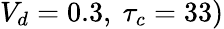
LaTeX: V_{d}=0.3,~\tau_{c}=33)